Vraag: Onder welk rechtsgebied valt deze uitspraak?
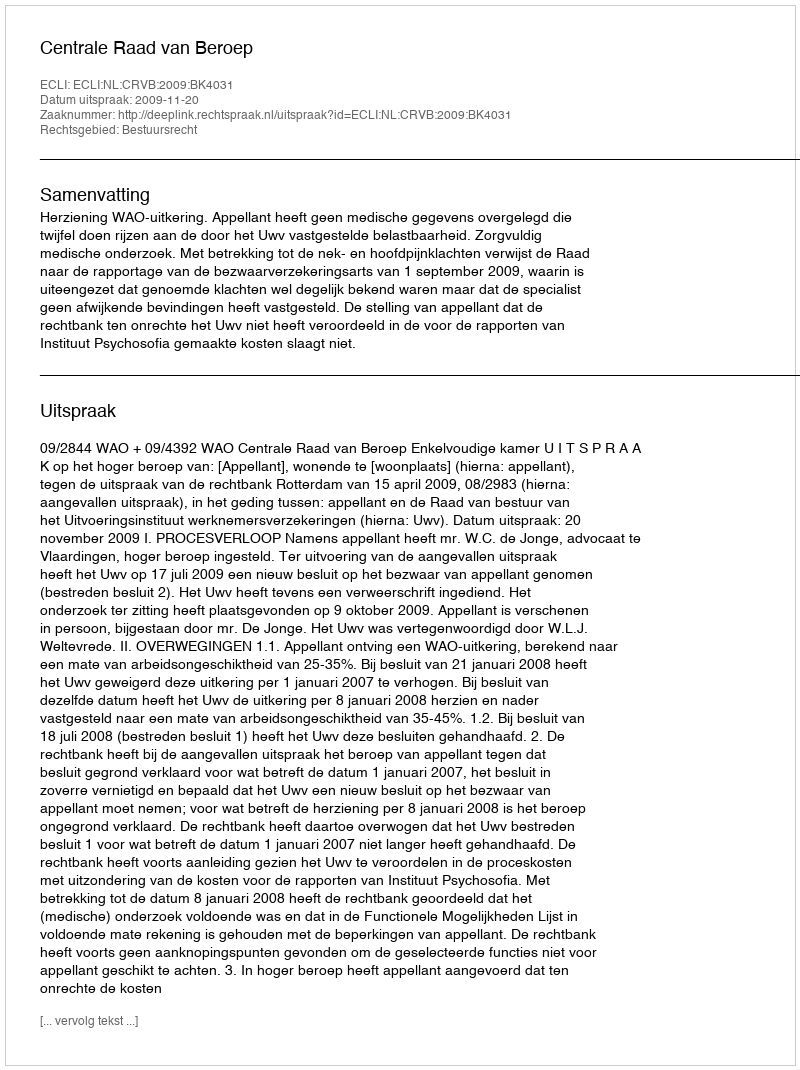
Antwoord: Bestuursrecht